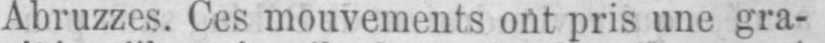
Abruzzes. Ces mouvements ont pris une gra-